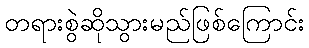
တရားစွဲဆိုသွားမည်ဖြစ်ကြောင်း